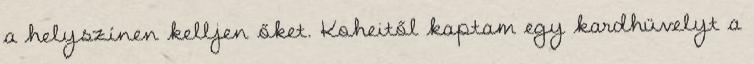
a helyszínen kelljen őket. Koheitől kaptam egy kardhüvelyt a